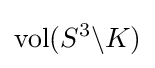
\operatorname {vol} (S^{3}\backslash K)